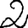
Digit: 2